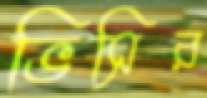
ভিসির